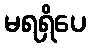
မရရှိပေ